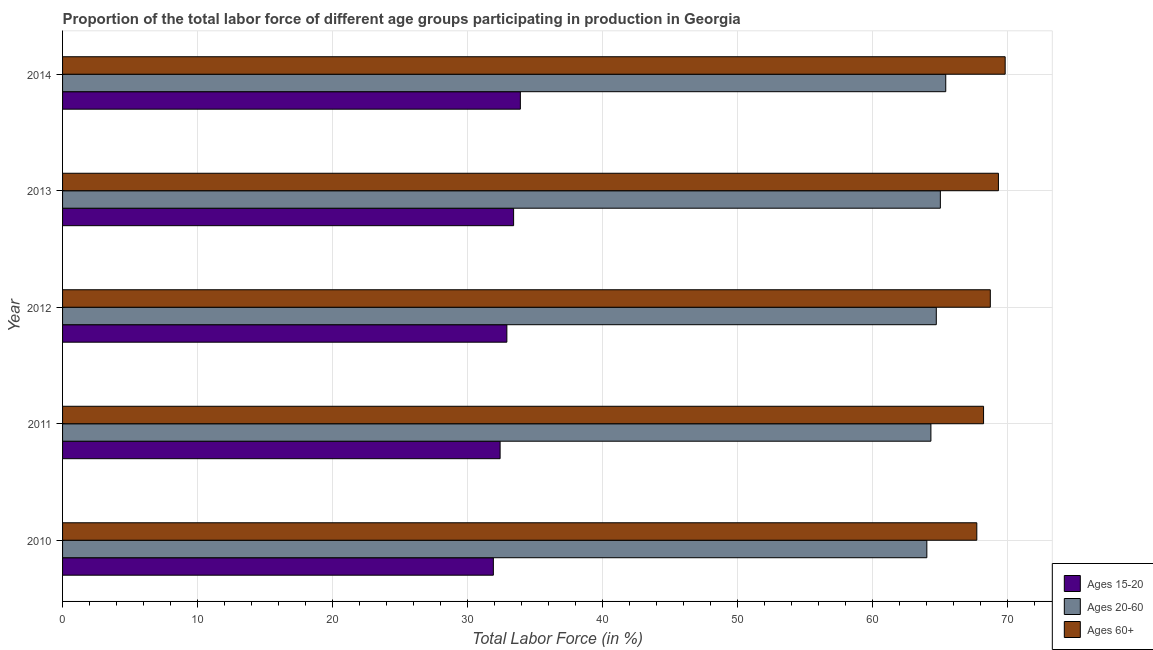
| Year | Ages 15-20 | Ages 20-60 | Ages 60+ |
 | --- | --- | --- | --- |
 | 2010 | 31.9 | 64 | 67.7 |
 | 2011 | 32.4 | 64.3 | 68.2 |
 | 2012 | 32.9 | 64.7 | 68.7 |
 | 2013 | 33.4 | 65 | 69.3 |
 | 2014 | 33.9 | 65.4 | 69.8 |